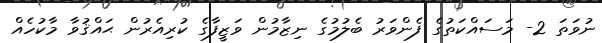
ނުވަތަ 2- މަސައްކަތުގެ ފެންވަރު ބެލުމުގެ ނިޒާމުން ވަޒީފާގެ ކުރިއެރުން ޙައްޤުވާ މާކުހެއް